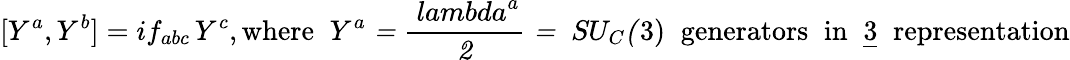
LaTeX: [Y^{a},Y^{b}]=if_{abc}\, Y^{c},\mathrm{where\; \; \mit Y^{a}=\frac{\ lambda^{a}}{2}=\; \mit SU_{C}(\mathrm{3)\; \; \mathrm{generators\; \; in\; \; \underline{{{3}}}\; \; representation}}}